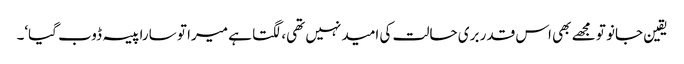
یقین جانو تو مجھے بھی اس قدر بری حالت کی امید نہیں تھی، لگتا ہے میرا تو سارا پیسہ ڈوب گیا‘۔